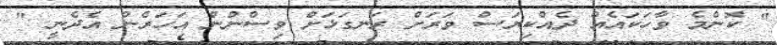
" ކޮންމެ ވާހަކައެއް ދެއްކިޔަސް ވަރަށް ރަނގަޅަށް ވިސްނުން އަހަރެން އެދެނީ "